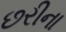
છરીના